Document type: Sale
Year: 1326
Scribe: Bartomeu Marc
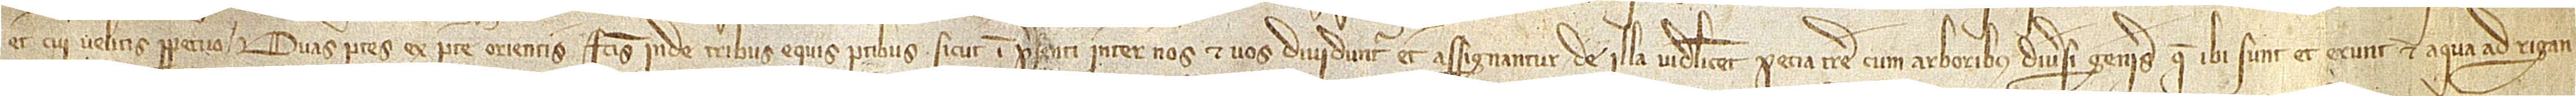
et cui velitis perpetuo duas partes ex parte orientis factis inde tribus equis partibus, sicut in presenti inter nos et vos dividuntur et assignantur, de illa videlicet pecia terre, cum arboribus diversi generis que ibi sunt et erunt et aqua ad rigan-